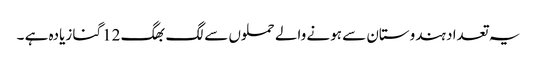
یہ تعداد ہندوستان سے ہونے والے حملوں سے لگ بھگ 12گنا زیادہ ہے ۔